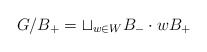
\begin{align*}G/B_+ = \sqcup_{w \in W} B_- \cdot w B_+\end{align*}